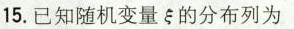
15.已知随机变量ξ 的分布列为